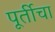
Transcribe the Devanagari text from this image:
पूर्तीचा